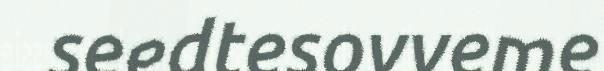
seedtesovveme